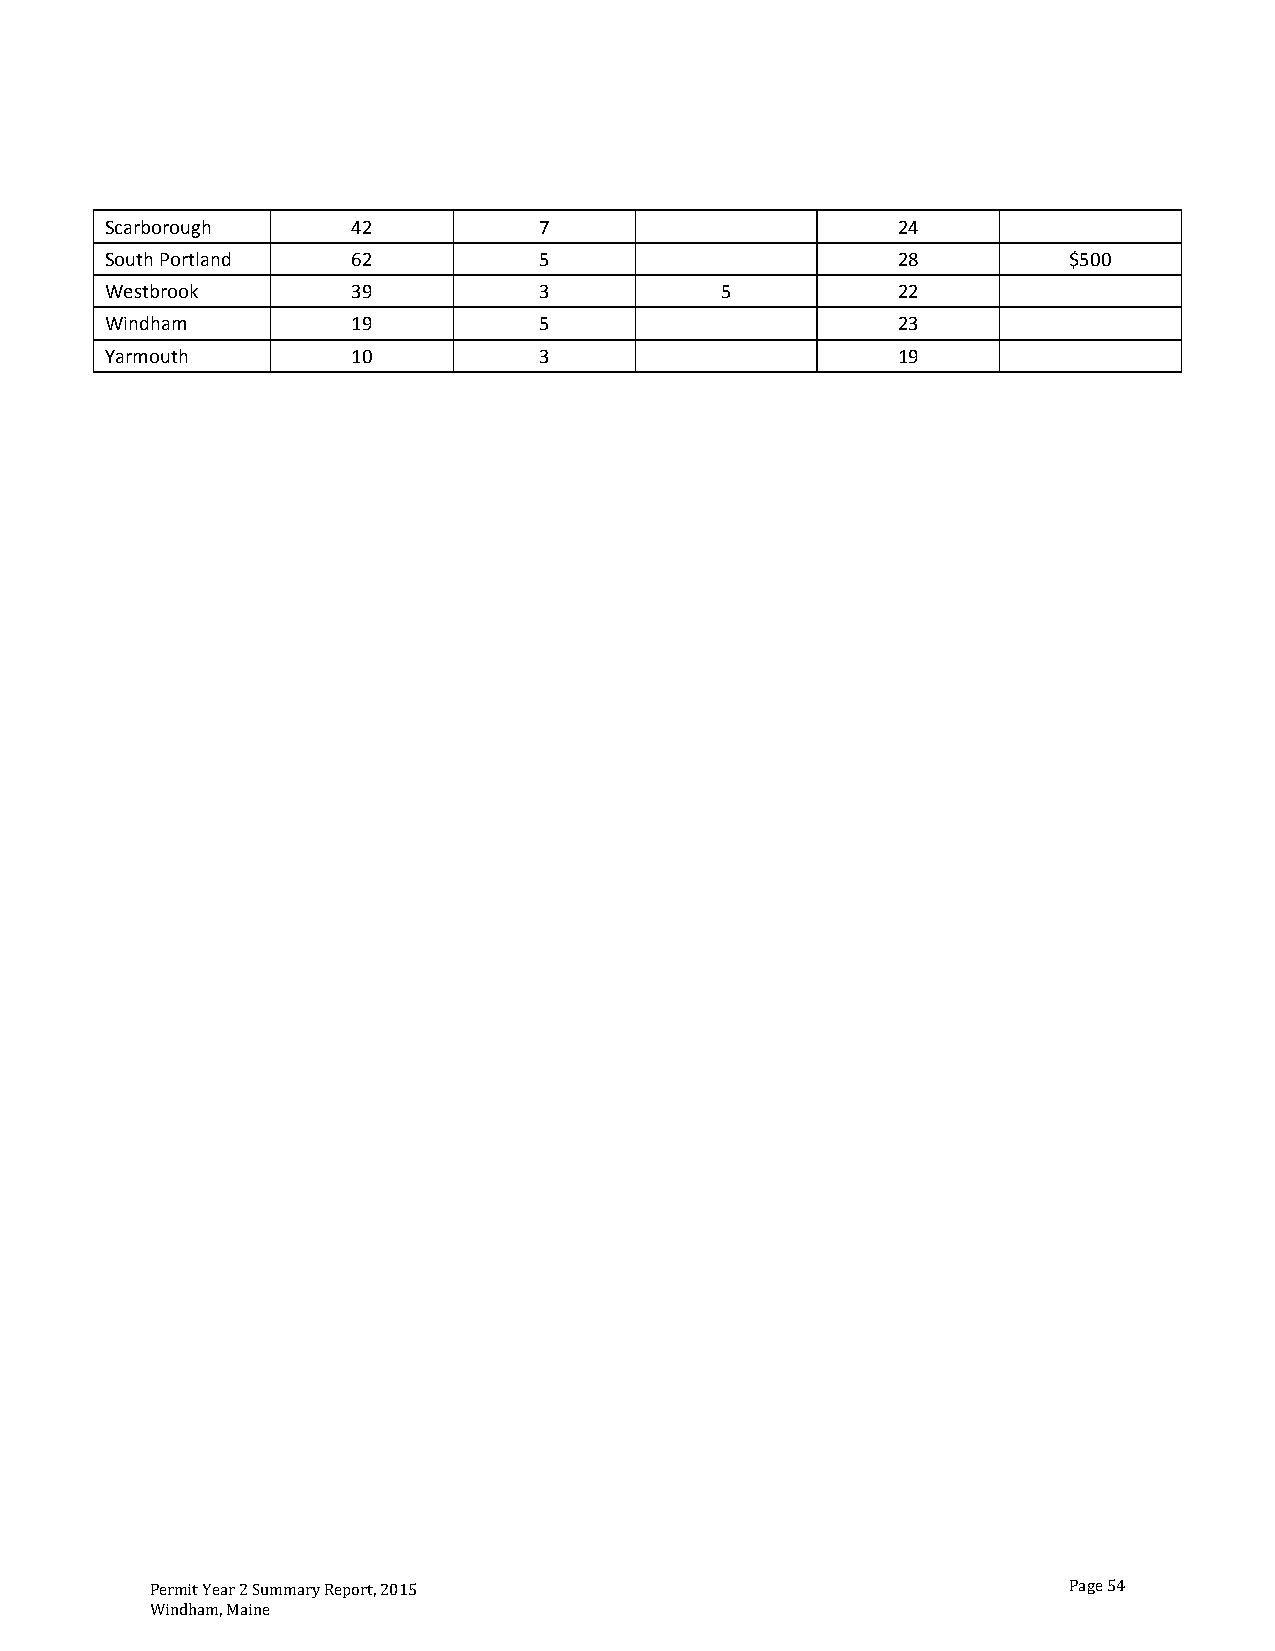
Scarborough     42           7                      24
 South Portland  62           5                      28          $500
 Westbrook       39           3           5          22
 Windham         19           5                      23
 Yarmouth        10           3                      19
 Permit Year 2 Summary Report, 2015                           Page 54
 Windham, Maine